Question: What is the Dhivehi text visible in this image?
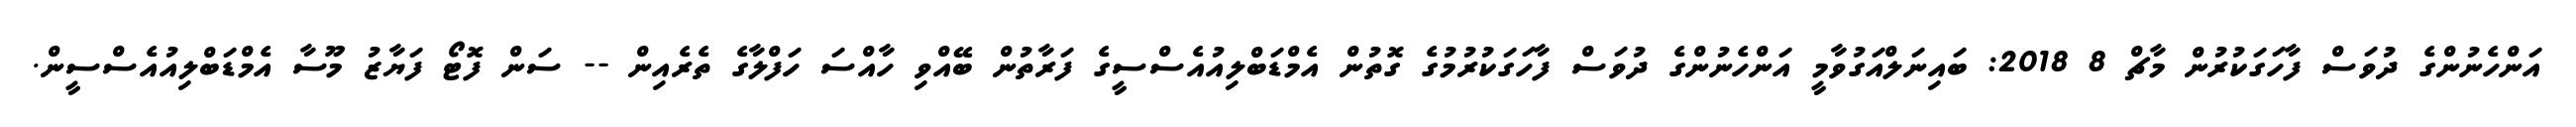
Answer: އަންހެނުންގެ ދުވަސް ފާހަގަކުރުން މާޗް 8 2018: ބައިނަލްއަގުވާމީ އަންހެނުންގެ ދުވަސް ފާހަގަކުރުމުގެ ގޮތުން އެމްޑަބްލިއުއެސްސީގެ ފަރާތުން ބޭއްވި ހާއްސަ ހަފްލާގެ ތެރެއިން -- ސަން ފޮޓޯ ފަޔާޒު މޫސާ އެމްޑަބްލިއުއެސްސީން.